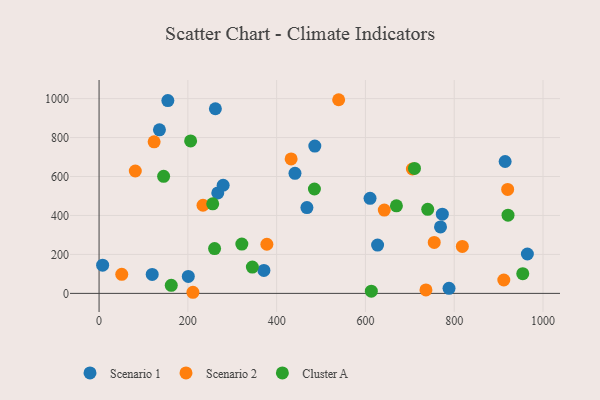
{"axis": {"x": "Engine Size", "y": "Exam Score"}, "legend": ["Cluster A", "Scenario 1", "Scenario 2"], "data": [{"x": "201.0", "y": 87.1, "type": "Scenario 1"}, {"x": "441.3", "y": 616.3, "type": "Scenario 1"}, {"x": "769.1", "y": 341.0, "type": "Scenario 1"}, {"x": "267.4", "y": 515.9, "type": "Scenario 1"}, {"x": "788.3", "y": 26.0, "type": "Scenario 1"}, {"x": "610.4", "y": 487.8, "type": "Scenario 1"}, {"x": "627.4", "y": 247.9, "type": "Scenario 1"}, {"x": "262.0", "y": 947.8, "type": "Scenario 1"}, {"x": "371.3", "y": 117.9, "type": "Scenario 1"}, {"x": "486.0", "y": 756.4, "type": "Scenario 1"}, {"x": "154.9", "y": 990.0, "type": "Scenario 1"}, {"x": "8.0", "y": 144.6, "type": "Scenario 1"}, {"x": "964.8", "y": 202.1, "type": "Scenario 1"}, {"x": "773.2", "y": 406.5, "type": "Scenario 1"}, {"x": "914.7", "y": 677.1, "type": "Scenario 1"}, {"x": "136.0", "y": 839.9, "type": "Scenario 1"}, {"x": "468.2", "y": 440.5, "type": "Scenario 1"}, {"x": "279.5", "y": 555.1, "type": "Scenario 1"}, {"x": "119.7", "y": 97.2, "type": "Scenario 1"}, {"x": "378.0", "y": 252.2, "type": "Scenario 2"}, {"x": "81.6", "y": 628.3, "type": "Scenario 2"}, {"x": "818.3", "y": 241.2, "type": "Scenario 2"}, {"x": "539.7", "y": 994.2, "type": "Scenario 2"}, {"x": "234.1", "y": 452.4, "type": "Scenario 2"}, {"x": "642.5", "y": 427.5, "type": "Scenario 2"}, {"x": "736.3", "y": 17.6, "type": "Scenario 2"}, {"x": "705.8", "y": 638.5, "type": "Scenario 2"}, {"x": "432.6", "y": 690.4, "type": "Scenario 2"}, {"x": "124.0", "y": 778.3, "type": "Scenario 2"}, {"x": "211.4", "y": 5.7, "type": "Scenario 2"}, {"x": "755.0", "y": 261.8, "type": "Scenario 2"}, {"x": "920.4", "y": 533.7, "type": "Scenario 2"}, {"x": "51.1", "y": 98.1, "type": "Scenario 2"}, {"x": "911.7", "y": 68.6, "type": "Scenario 2"}, {"x": "256.0", "y": 459.7, "type": "Cluster A"}, {"x": "260.2", "y": 230.2, "type": "Cluster A"}, {"x": "710.5", "y": 641.7, "type": "Cluster A"}, {"x": "669.8", "y": 449.3, "type": "Cluster A"}, {"x": "613.3", "y": 11.4, "type": "Cluster A"}, {"x": "145.4", "y": 601.1, "type": "Cluster A"}, {"x": "740.3", "y": 431.6, "type": "Cluster A"}, {"x": "321.6", "y": 253.4, "type": "Cluster A"}, {"x": "206.2", "y": 782.9, "type": "Cluster A"}, {"x": "345.3", "y": 135.3, "type": "Cluster A"}, {"x": "921.2", "y": 401.4, "type": "Cluster A"}, {"x": "485.1", "y": 535.9, "type": "Cluster A"}, {"x": "954.4", "y": 101.2, "type": "Cluster A"}, {"x": "162.6", "y": 41.5, "type": "Cluster A"}]}